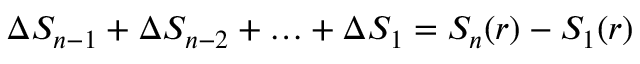
\Delta S _ { n - 1 } + \Delta S _ { n - 2 } + \ldots + \Delta S _ { 1 } = S _ { n } ( r ) - S _ { 1 } ( r )